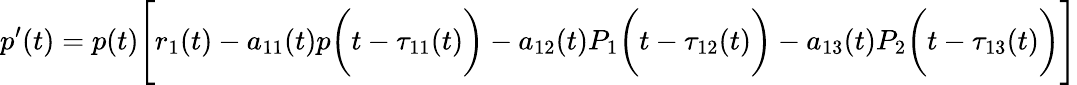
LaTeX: p^{\prime}(t)=p(t){\Biggl[}r_{1}(t)-a_{11}(t)p{\biggl(}t-\tau_{11}(t){\biggr)}-a_{12}(t)P_{1}{\biggl(}t-\tau_{12}(t){\biggr)}-a_{13}(t)P_{2}{\biggl(}t-\tau_{13}(t){\biggr)}{\Biggr]}